Indian Medical Review
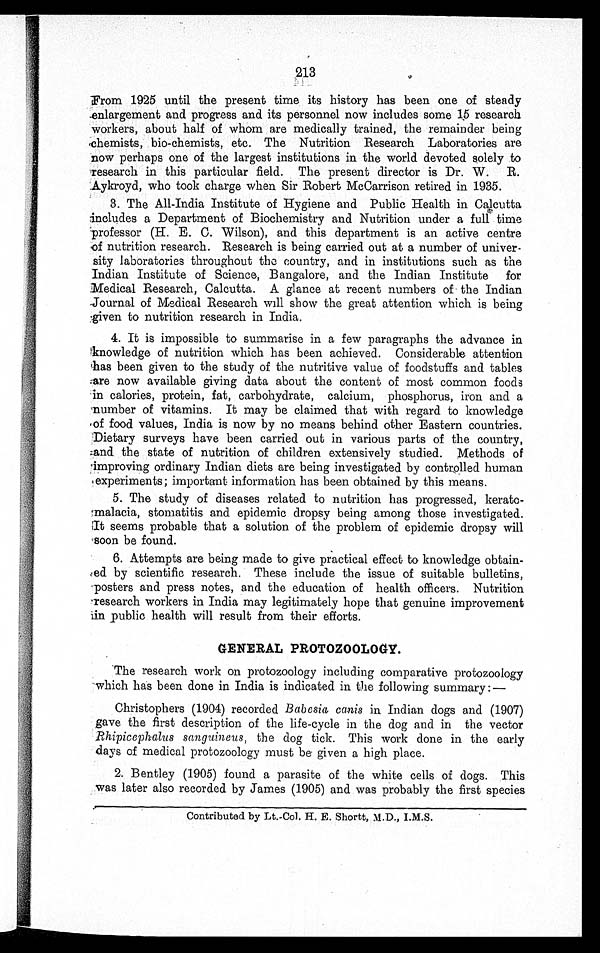
213
From 1925 until the present time its history has been one of steady
enlargement and progress and its personnel now includes some 15 research
workers, about half of whom are medically trained, the remainder being
chemists, bio-chemists, etc. The Nutrition Research Laboratories are
now perhaps one of the largest institutions in the world devoted solely to
research in this particular field. The present director is Dr. W. R.
Aykroyd, who took charge when Sir Robert McCarrison retired in 1935.
3. The All-India Institute of Hygiene and Public Health in Calcutta
includes a Department of Biochemistry and Nutrition under a full time
professor (H. E. C. Wilson), and this department is an active centre
of nutrition research. Research is being carried out at a number of univer--
sity laboratories throughout the country, and in institutions such as the
Indian Institute of Science, Bangalore, and the Indian Institute for
Medical Research, Calcutta. A glance at recent numbers of the Indian
Journal of Medical Research will show the great attention which is being
given to nutrition research in India.
4. It is impossible to summarise in a few paragraphs the advance in
knowledge of nutrition which has been achieved. Considerable attention
has been given to the study of the nutritive value of foodstuffs and tables
are now available giving data about the content of most common foods
in calories, protein, fat, carbohydrate, calcium, phosphorus, iron and a
number of vitamins. It may be claimed that with regard to knowledge
of food values, India is now by no means behind other Eastern countries.
Dietary surveys have been carried out in various parts of the country,
and the state of nutrition of children extensively studied. Methods of
improving ordinary Indian diets are being investigated by controlled human
experiments; important information has been obtained by this means.
5. The study of diseases related to nutrition has progressed,
kerato-malacia, stomatitis and epidemic dropsy being among those investigated.
It seems probable that a solution of the problem of epidemic dropsy will
soon be found.
6. Attempts are being made to give practical effect to knowledge
o b t a i n - e d b y s c i e n t i f i c r e s e a r c h . T h e s e i n c l u d e t h e i s s u e o f s u i t a b l e b u l l e t i n s ,
posters and press notes, and the education of health officers. Nutrition
research workers in India may legitimately hope that genuine improvement
in public health will result from their efforts.
GENERAL PROTOZOOLOGY.
T h e r e s e a r c h w o r k o n p r o t o z o o l o g y i n c l u d i n g c o m p a r a t i v e p r o t o z o o l o g y
which has been done in India is indicated in the following summary :—
Christophers (1904) recorded Babesia canis in Indian dogs and (1907)
gave the first description of the life-cycle in the dog and in the vector
Rhipicephalus sanguineus, the dog tick. This work done in the early
days of medical protozoology must be given a high place.
2. Bentley (1905) found a parasite of the white cells of dogs. This
.was later also recorded by James (1905) and was probably the first species
Contributed by Lt.-Col. H. E. Shortt, M.D., I.M.S.